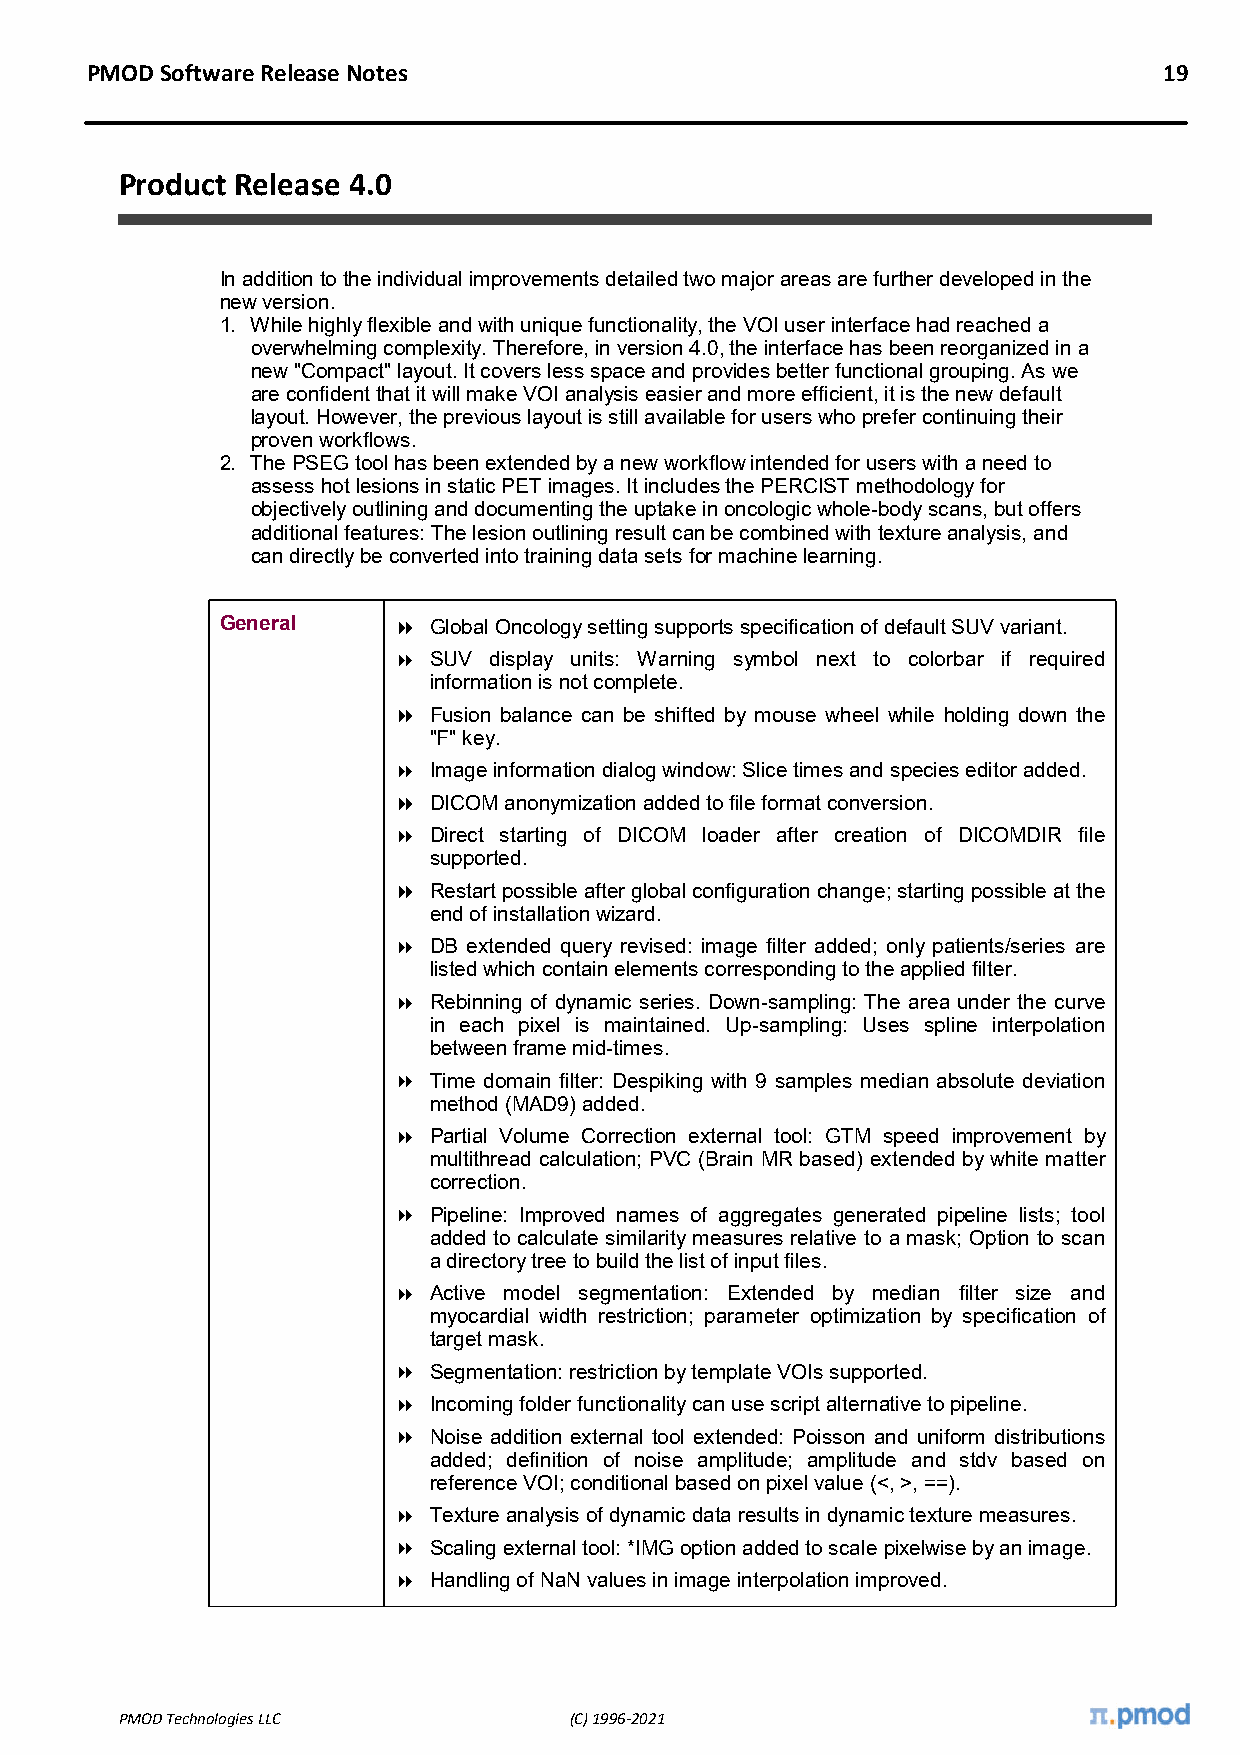
PMOD Software Release Notes                                            19
 Product Release 4.0
 In addition to the individual improvements detailed two major areas are further developed in the
 new version.
 1. While highly flexible and with unique functionality, the VOI user interface had reached a
 overwhelming complexity. Therefore, in version 4.0, the interface has been reorganized in a
 new "Compact" layout. It covers less space and provides better functional grouping. As we
 are confident that it will make VOI analysis easier and more efficient, it is the new default
 layout. However, the previous layout is still available for users who prefer continuing their
 proven workflows.
 2. The PSEG tool has been extended by a new workflow intended for users with a need to
 assess hot lesions in static PET images. It includes the PERCIST methodology for
 objectively outlining and documenting the uptake in oncologic whole-body scans, but offers
 additional features: The lesion outlining result can be combined with texture analysis, and
 can directly be converted into training data sets for machine learning.
 General     Global Oncology setting supports specification of default SUV variant.
  SUV display units: Warning symbol next to colorbar if required
 information is not complete.
  Fusion balance can be shifted by mouse wheel while holding down the
 "F" key.
  Image information dialog window: Slice times and species editor added.
  DICOM anonymization added to file format conversion.
  Direct starting of DICOM loader after creation of DICOMDIR file
 supported.
  Restart possible after global configuration change; starting possible at the
 end of installation wizard.
  DB extended query revised: image filter added; only patients/series are
 listed which contain elements corresponding to the applied filter.
  Rebinning of dynamic series. Down-sampling: The area under the curve
 in each pixel is maintained. Up-sampling: Uses spline interpolation
 between frame mid-times.
  Time domain filter: Despiking with 9 samples median absolute deviation
 method (MAD9) added.
  Partial Volume Correction external tool: GTM speed improvement by
 multithread calculation; PVC (Brain MR based) extended by white matter
 correction.
  Pipeline: Improved names of aggregates generated pipeline lists; tool
 added to calculate similarity measures relative to a mask; Option to scan
 a directory tree to build the list of input files.
  Active model segmentation: Extended by median filter size and
 myocardial width restriction; parameter optimization by specification of
 target mask.
  Segmentation: restriction by template VOIs supported.
  Incoming folder functionality can use script alternative to pipeline.
  Noise addition external tool extended: Poisson and uniform distributions
 added; definition of noise amplitude; amplitude and stdv based on
 reference VOI; conditional based on pixel value (<, >, ==).
  Texture analysis of dynamic data results in dynamic texture measures.
  Scaling external tool: *IMG option added to scale pixelwise by an image.
  Handling of NaN values in image interpolation improved.
 PMOD Technologies LLC         (C) 1996-2021